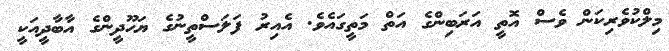
މިލްކުވެރިކަން ވެސް އޮތީ އަރަބިންގެ އަތް މަތީގައެވެ. އެއިރު ފަލަސްތީނުގެ ޔަހޫދީންގެ އާބާދީއަކީ